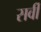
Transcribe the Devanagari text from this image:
सर्वी